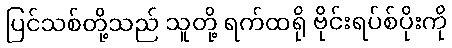
ပြင်သစ်တို့သည် သူတို့ ရက်ထရို ဗိုင်းရပ်စ်ပိုးကို